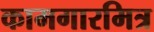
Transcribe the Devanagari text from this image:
कामगारमित्र